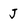
Character: J